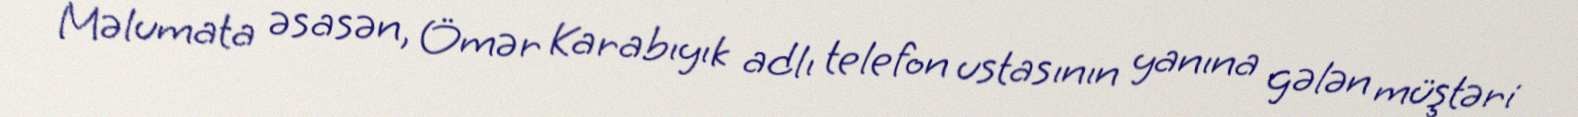
Məlumata əsasən, Ömər Karabıyık adlı telefon ustasının yanına gələn müştəri